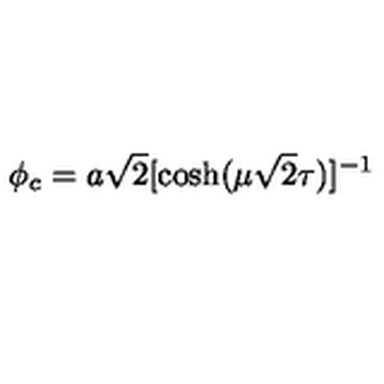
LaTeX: \phi _ { c } = a \sqrt 2 [ { \cosh ( \mu \sqrt 2 \tau ) } ] ^ { - 1 }